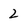
Character: 2